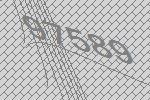
97589